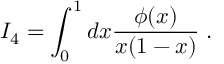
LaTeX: I _ { 4 } = \int _ { 0 } ^ { 1 } d x \frac { \phi ( x ) } { x ( 1 - x ) } \; .